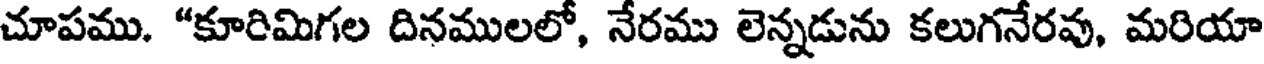
చూపము. "కూరిమిగల దినములలో, నేరము లెన్నడును కలుగనేరవు, మరియా